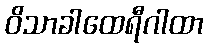
ဝိသာခါထေရီဂါထာ